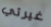
غيرتي